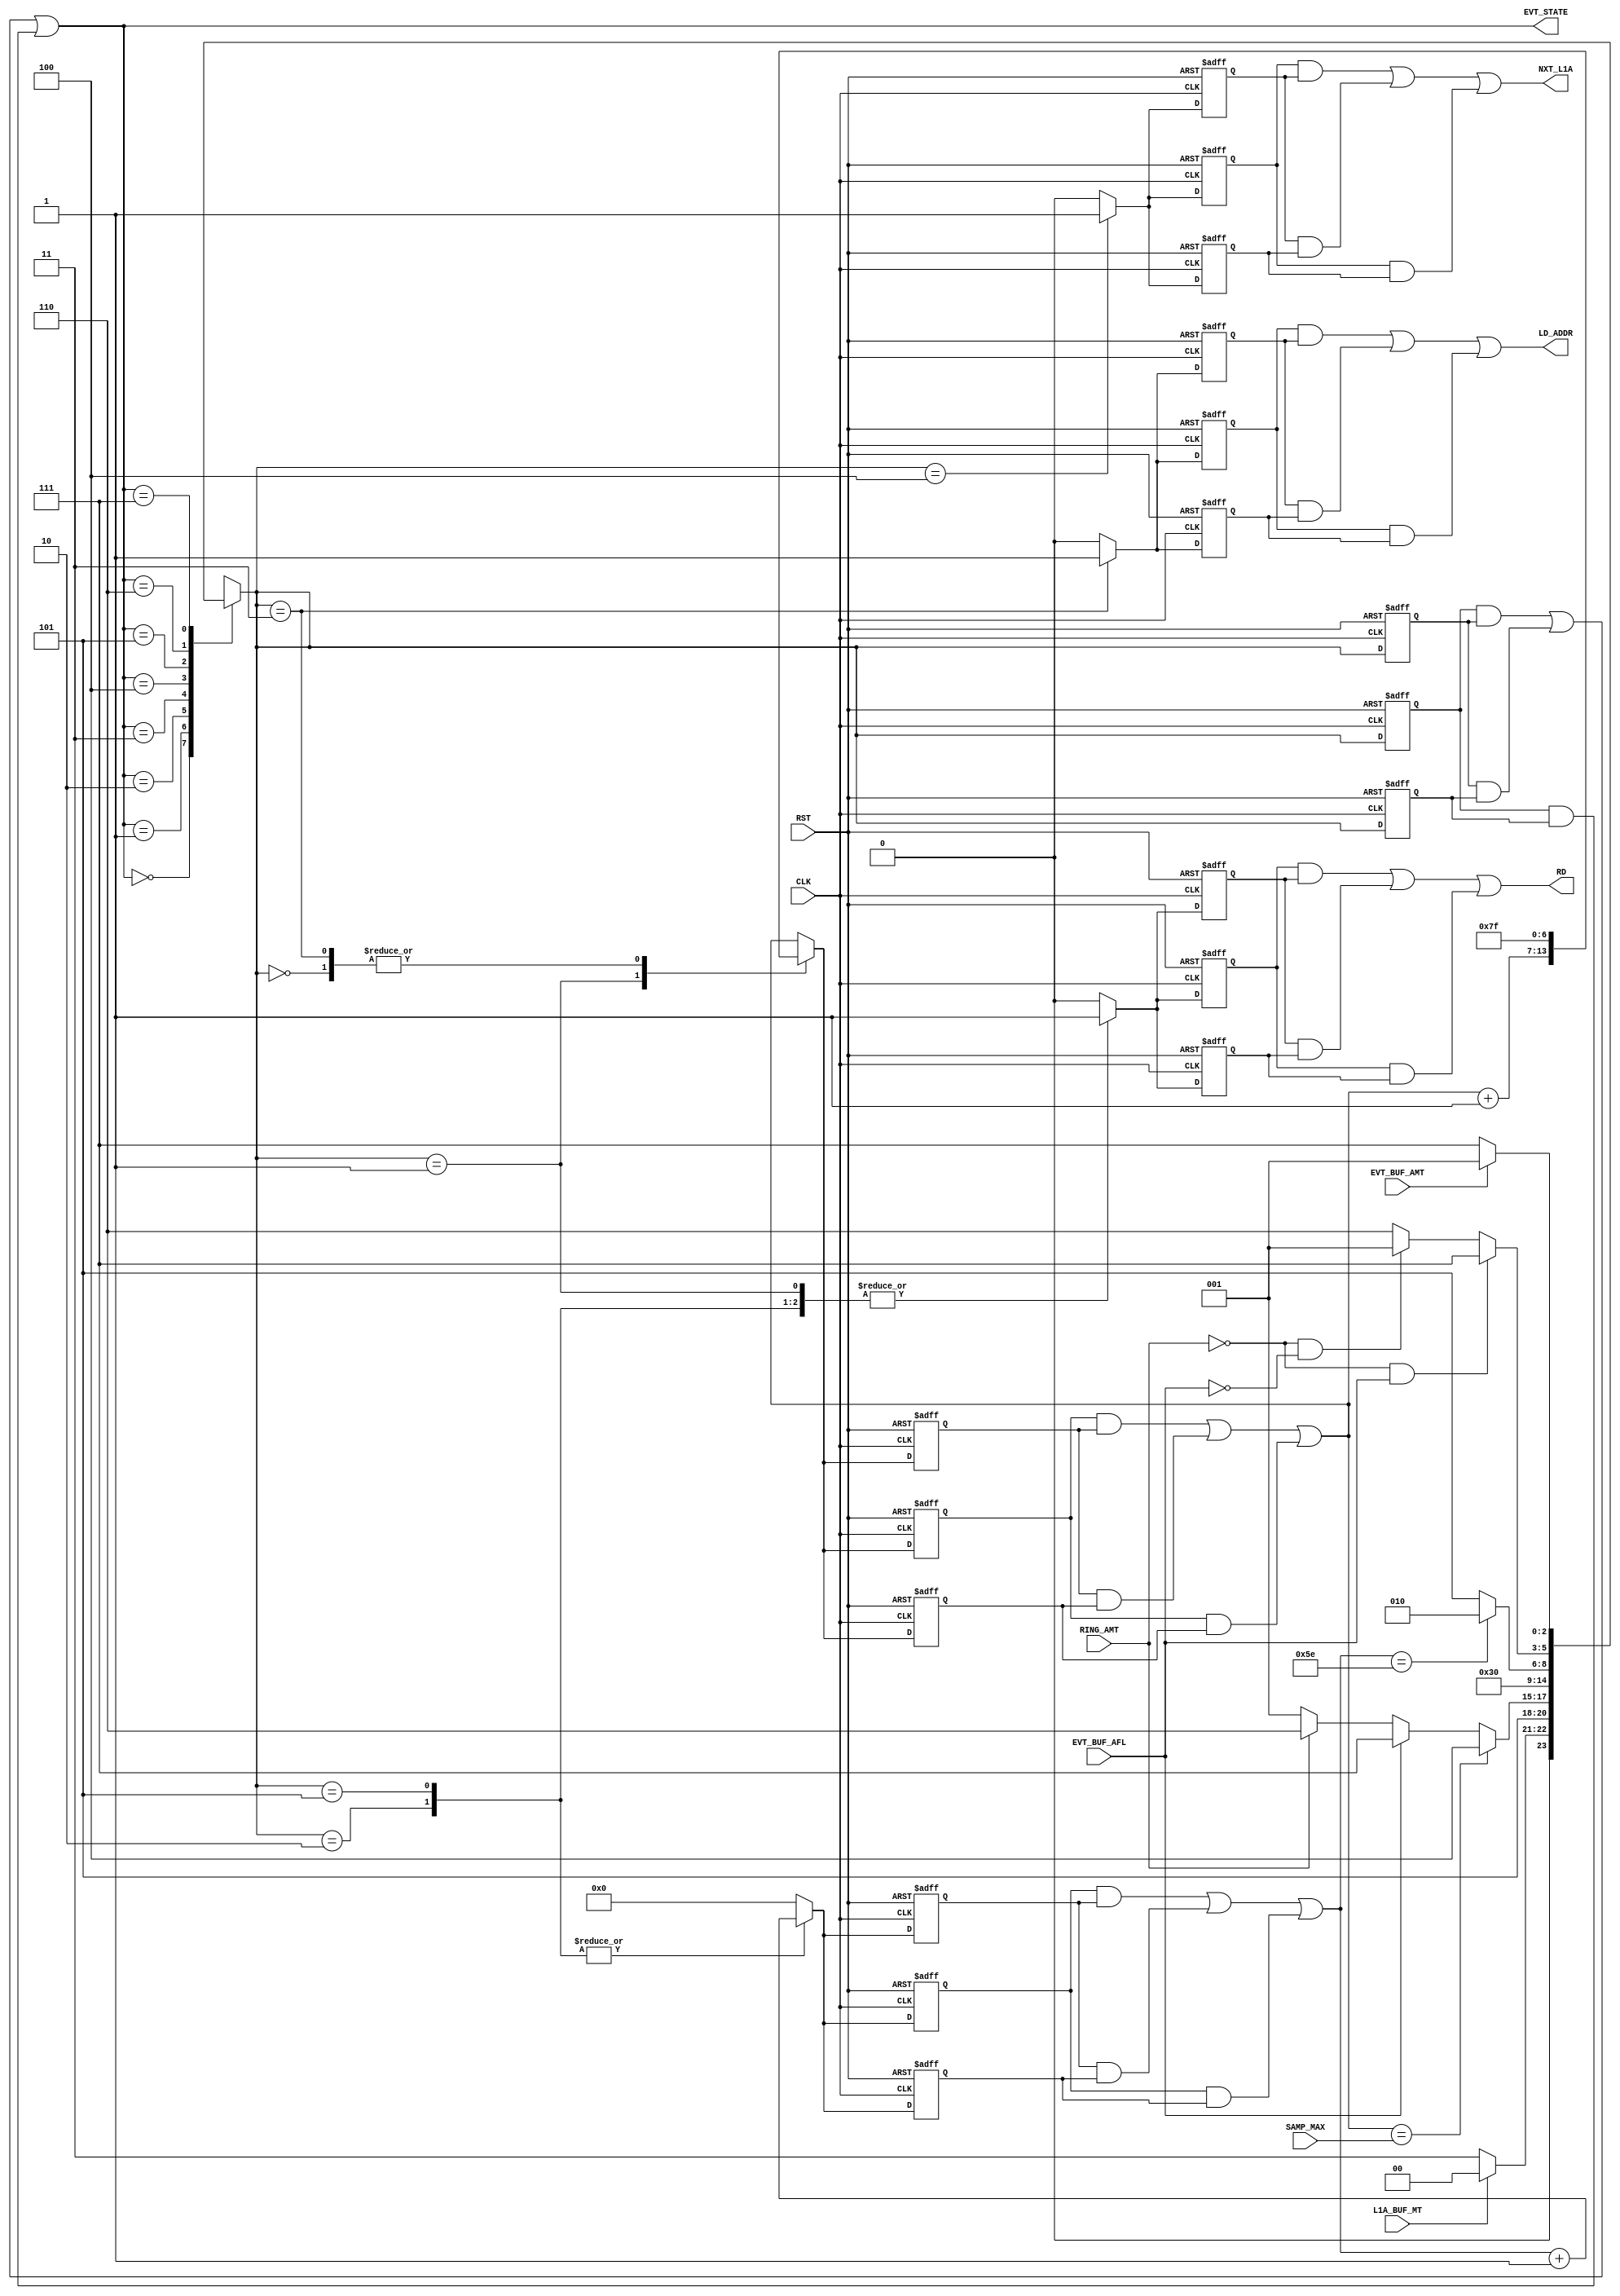

// Created by fizzim_tmr.pl version $Revision: 4.44 on 2014:08:26 at 13:28:01 (www.fizzim.com)

module Ring_Trans_FSM_TMR (
  output LD_ADDR,
  output NXT_L1A,
  output RD,
  output wire [2:0] EVT_STATE,
  input CLK,
  input EVT_BUF_AFL,
  input EVT_BUF_AMT,
  input L1A_BUF_MT,
  input RING_AMT,
  input RST,
  input wire [6:0] SAMP_MAX 
);

  // state bits
  parameter 
  Idle       = 3'b000, 
  Inc_Samp   = 3'b001, 
  Last       = 3'b010, 
  Load_Addr  = 3'b011, 
  Next_L1a   = 3'b100, 
  Read       = 3'b101, 
  W4Data     = 3'b110, 
  W4_EVT_AMT = 3'b111; 

  (* syn_preserve = "true" *) reg [2:0] state_1;
  (* syn_preserve = "true" *) reg [2:0] state_2;
  (* syn_preserve = "true" *) reg [2:0] state_3;

  (* syn_keep = "true" *) wire [2:0] voted_state_1;
  (* syn_keep = "true" *) wire [2:0] voted_state_2;
  (* syn_keep = "true" *) wire [2:0] voted_state_3;

  assign voted_state_1   = (state_1   & state_2  ) | (state_2   & state_3  ) | (state_1   & state_3  ); // Majority logic
  assign voted_state_2   = (state_1   & state_2  ) | (state_2   & state_3  ) | (state_1   & state_3  ); // Majority logic
  assign voted_state_3   = (state_1   & state_2  ) | (state_2   & state_3  ) | (state_1   & state_3  ); // Majority logic

  assign EVT_STATE = voted_state_1;

  (* syn_keep = "true" *) reg [2:0] nextstate_1;
  (* syn_keep = "true" *) reg [2:0] nextstate_2;
  (* syn_keep = "true" *) reg [2:0] nextstate_3;

  (* syn_preserve = "true" *)  reg LD_ADDR_1;
  (* syn_preserve = "true" *)  reg LD_ADDR_2;
  (* syn_preserve = "true" *)  reg LD_ADDR_3;
  (* syn_preserve = "true" *)  reg NXT_L1A_1;
  (* syn_preserve = "true" *)  reg NXT_L1A_2;
  (* syn_preserve = "true" *)  reg NXT_L1A_3;
  (* syn_preserve = "true" *)  reg RD_1;
  (* syn_preserve = "true" *)  reg RD_2;
  (* syn_preserve = "true" *)  reg RD_3;
  (* syn_preserve = "true" *)  reg [6:0] seq_1;
  (* syn_preserve = "true" *)  reg [6:0] seq_2;
  (* syn_preserve = "true" *)  reg [6:0] seq_3;
  (* syn_keep = "true" *)      wire [6:0] voted_seq_1;
  (* syn_keep = "true" *)      wire [6:0] voted_seq_2;
  (* syn_keep = "true" *)      wire [6:0] voted_seq_3;
  (* syn_preserve = "true" *)  reg [6:0] smp_1;
  (* syn_preserve = "true" *)  reg [6:0] smp_2;
  (* syn_preserve = "true" *)  reg [6:0] smp_3;
  (* syn_keep = "true" *)      wire [6:0] voted_smp_1;
  (* syn_keep = "true" *)      wire [6:0] voted_smp_2;
  (* syn_keep = "true" *)      wire [6:0] voted_smp_3;

  // Assignment of outputs and flags to voted majority logic of replicated registers
  assign LD_ADDR = (LD_ADDR_1 & LD_ADDR_2) | (LD_ADDR_2 & LD_ADDR_3) | (LD_ADDR_1 & LD_ADDR_3); // Majority logic
  assign NXT_L1A = (NXT_L1A_1 & NXT_L1A_2) | (NXT_L1A_2 & NXT_L1A_3) | (NXT_L1A_1 & NXT_L1A_3); // Majority logic
  assign RD      = (RD_1      & RD_2     ) | (RD_2      & RD_3     ) | (RD_1      & RD_3     ); // Majority logic
  assign voted_seq_1     = (seq_1     & seq_2    ) | (seq_2     & seq_3    ) | (seq_1     & seq_3    ); // Majority logic
  assign voted_seq_2     = (seq_1     & seq_2    ) | (seq_2     & seq_3    ) | (seq_1     & seq_3    ); // Majority logic
  assign voted_seq_3     = (seq_1     & seq_2    ) | (seq_2     & seq_3    ) | (seq_1     & seq_3    ); // Majority logic
  assign voted_smp_1     = (smp_1     & smp_2    ) | (smp_2     & smp_3    ) | (smp_1     & smp_3    ); // Majority logic
  assign voted_smp_2     = (smp_1     & smp_2    ) | (smp_2     & smp_3    ) | (smp_1     & smp_3    ); // Majority logic
  assign voted_smp_3     = (smp_1     & smp_2    ) | (smp_2     & smp_3    ) | (smp_1     & smp_3    ); // Majority logic

  // Assignment of error detection logic to replicated signals

  // comb always block
  always @* begin
    nextstate_1 = 3'bxxx; // default to x because default_state_is_x is set
    nextstate_2 = 3'bxxx; // default to x because default_state_is_x is set
    nextstate_3 = 3'bxxx; // default to x because default_state_is_x is set
    case (voted_state_1)
      Idle      : if      (!L1A_BUF_MT)                nextstate_1 = Load_Addr;
                  else                                 nextstate_1 = Idle;
      Inc_Samp  :                                      nextstate_1 = Read;
      Last      : if      (voted_smp_1 == SAMP_MAX)    nextstate_1 = Next_L1a;
                  else if (EVT_BUF_AFL)                nextstate_1 = W4_EVT_AMT;
                  else if (RING_AMT)                   nextstate_1 = W4Data;
                  else                                 nextstate_1 = Inc_Samp;
      Load_Addr :                                      nextstate_1 = W4Data;
      Next_L1a  :                                      nextstate_1 = Idle;
      Read      : if      (voted_seq_1 == 7'd94)       nextstate_1 = Last;
                  else                                 nextstate_1 = Read;
      W4Data    : if      (!RING_AMT && EVT_BUF_AFL)   nextstate_1 = W4_EVT_AMT;
                  else if (!RING_AMT && !EVT_BUF_AFL)  nextstate_1 = Inc_Samp;
                  else                                 nextstate_1 = W4Data;
      W4_EVT_AMT: if      (EVT_BUF_AMT)                nextstate_1 = Inc_Samp;
                  else                                 nextstate_1 = W4_EVT_AMT;
    endcase
    case (voted_state_2)
      Idle      : if      (!L1A_BUF_MT)                nextstate_2 = Load_Addr;
                  else                                 nextstate_2 = Idle;
      Inc_Samp  :                                      nextstate_2 = Read;
      Last      : if      (voted_smp_2 == SAMP_MAX)    nextstate_2 = Next_L1a;
                  else if (EVT_BUF_AFL)                nextstate_2 = W4_EVT_AMT;
                  else if (RING_AMT)                   nextstate_2 = W4Data;
                  else                                 nextstate_2 = Inc_Samp;
      Load_Addr :                                      nextstate_2 = W4Data;
      Next_L1a  :                                      nextstate_2 = Idle;
      Read      : if      (voted_seq_2 == 7'd94)       nextstate_2 = Last;
                  else                                 nextstate_2 = Read;
      W4Data    : if      (!RING_AMT && EVT_BUF_AFL)   nextstate_2 = W4_EVT_AMT;
                  else if (!RING_AMT && !EVT_BUF_AFL)  nextstate_2 = Inc_Samp;
                  else                                 nextstate_2 = W4Data;
      W4_EVT_AMT: if      (EVT_BUF_AMT)                nextstate_2 = Inc_Samp;
                  else                                 nextstate_2 = W4_EVT_AMT;
    endcase
    case (voted_state_3)
      Idle      : if      (!L1A_BUF_MT)                nextstate_3 = Load_Addr;
                  else                                 nextstate_3 = Idle;
      Inc_Samp  :                                      nextstate_3 = Read;
      Last      : if      (voted_smp_3 == SAMP_MAX)    nextstate_3 = Next_L1a;
                  else if (EVT_BUF_AFL)                nextstate_3 = W4_EVT_AMT;
                  else if (RING_AMT)                   nextstate_3 = W4Data;
                  else                                 nextstate_3 = Inc_Samp;
      Load_Addr :                                      nextstate_3 = W4Data;
      Next_L1a  :                                      nextstate_3 = Idle;
      Read      : if      (voted_seq_3 == 7'd94)       nextstate_3 = Last;
                  else                                 nextstate_3 = Read;
      W4Data    : if      (!RING_AMT && EVT_BUF_AFL)   nextstate_3 = W4_EVT_AMT;
                  else if (!RING_AMT && !EVT_BUF_AFL)  nextstate_3 = Inc_Samp;
                  else                                 nextstate_3 = W4Data;
      W4_EVT_AMT: if      (EVT_BUF_AMT)                nextstate_3 = Inc_Samp;
                  else                                 nextstate_3 = W4_EVT_AMT;
    endcase
  end

  // Assign reg'd outputs to state bits

  // sequential always block
  always @(posedge CLK or posedge RST) begin
    if (RST) begin
      state_1 <= Idle;
      state_2 <= Idle;
      state_3 <= Idle;
    end
    else begin
      state_1 <= nextstate_1;
      state_2 <= nextstate_2;
      state_3 <= nextstate_3;
    end
  end

  // datapath sequential always block
  always @(posedge CLK or posedge RST) begin
    if (RST) begin
      LD_ADDR_1 <= 0;
      LD_ADDR_2 <= 0;
      LD_ADDR_3 <= 0;
      NXT_L1A_1 <= 0;
      NXT_L1A_2 <= 0;
      NXT_L1A_3 <= 0;
      RD_1 <= 0;
      RD_2 <= 0;
      RD_3 <= 0;
      seq_1 <= 7'h00;
      seq_2 <= 7'h00;
      seq_3 <= 7'h00;
      smp_1 <= 7'h00;
      smp_2 <= 7'h00;
      smp_3 <= 7'h00;
    end
    else begin
      LD_ADDR_1 <= 0; // default
      LD_ADDR_2 <= 0; // default
      LD_ADDR_3 <= 0; // default
      NXT_L1A_1 <= 0; // default
      NXT_L1A_2 <= 0; // default
      NXT_L1A_3 <= 0; // default
      RD_1 <= 0; // default
      RD_2 <= 0; // default
      RD_3 <= 0; // default
      seq_1 <= 7'h00; // default
      seq_2 <= 7'h00; // default
      seq_3 <= 7'h00; // default
      smp_1 <= voted_smp_1; // default
      smp_2 <= voted_smp_2; // default
      smp_3 <= voted_smp_3; // default
      case (nextstate_1)
        Idle      :        smp_1 <= 7'h7F;
        Inc_Samp  : begin
                           RD_1 <= 1;
                           smp_1 <= voted_smp_1 + 1;
        end
        Last      : begin
                           RD_1 <= 1;
                           seq_1 <= voted_seq_1 + 1;
        end
        Load_Addr : begin
                           LD_ADDR_1 <= 1;
                           smp_1 <= 7'h7F;
        end
        Next_L1a  :        NXT_L1A_1 <= 1;
        Read      : begin
                           RD_1 <= 1;
                           seq_1 <= voted_seq_1 + 1;
        end
      endcase
      case (nextstate_2)
        Idle      :        smp_2 <= 7'h7F;
        Inc_Samp  : begin
                           RD_2 <= 1;
                           smp_2 <= voted_smp_2 + 1;
        end
        Last      : begin
                           RD_2 <= 1;
                           seq_2 <= voted_seq_2 + 1;
        end
        Load_Addr : begin
                           LD_ADDR_2 <= 1;
                           smp_2 <= 7'h7F;
        end
        Next_L1a  :        NXT_L1A_2 <= 1;
        Read      : begin
                           RD_2 <= 1;
                           seq_2 <= voted_seq_2 + 1;
        end
      endcase
      case (nextstate_3)
        Idle      :        smp_3 <= 7'h7F;
        Inc_Samp  : begin
                           RD_3 <= 1;
                           smp_3 <= voted_smp_3 + 1;
        end
        Last      : begin
                           RD_3 <= 1;
                           seq_3 <= voted_seq_3 + 1;
        end
        Load_Addr : begin
                           LD_ADDR_3 <= 1;
                           smp_3 <= 7'h7F;
        end
        Next_L1a  :        NXT_L1A_3 <= 1;
        Read      : begin
                           RD_3 <= 1;
                           seq_3 <= voted_seq_3 + 1;
        end
      endcase
    end
  end

  // This code allows you to see state names in simulation
  `ifndef SYNTHESIS
  reg [79:0] statename;
  always @* begin
    case (state_1)
      Idle      : statename = "Idle";
      Inc_Samp  : statename = "Inc_Samp";
      Last      : statename = "Last";
      Load_Addr : statename = "Load_Addr";
      Next_L1a  : statename = "Next_L1a";
      Read      : statename = "Read";
      W4Data    : statename = "W4Data";
      W4_EVT_AMT: statename = "W4_EVT_AMT";
      default   : statename = "XXXXXXXXXX";
    endcase
  end
  `endif

endmodule